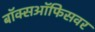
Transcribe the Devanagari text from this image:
बॉक्सऑफिसवर